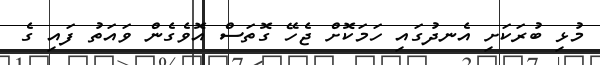
މުޅި ބުރަކަށި އެނދުގައި ހަމަކޮށް ޖެހޭ ގޮތަސް އޮވެގެން ވައަތު ފައި ގެ